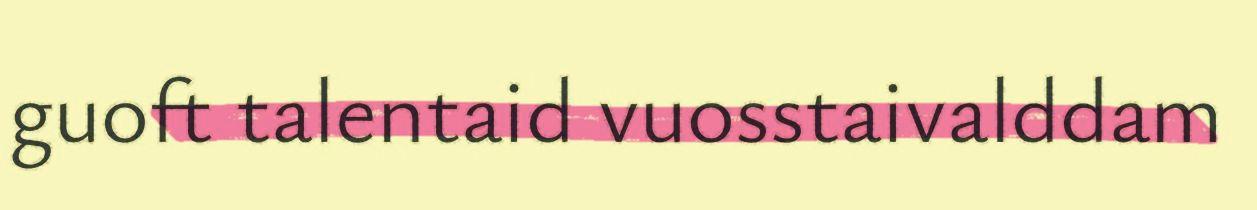
guoft talentaid vuosstaivalddam